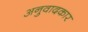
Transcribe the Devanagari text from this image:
अनुवादकार